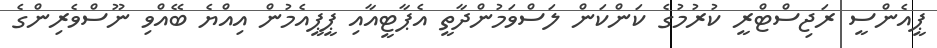
ޕީއެންސީ ރަޖިސްޓްރީ ކުރުމުގެ ކަންކަން ލަސްވަމުންދާތީ އެޕާޓީއާއި ޕީޕީއެމުން އިއްޔެ ބޭއްވި ނޫސްވެރިންގެ